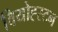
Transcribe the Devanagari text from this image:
वियोह्स्टन